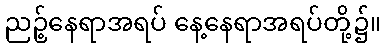
ညဉ့်နေရာအရပ် နေ့နေရာအရပ်တို့၌။